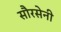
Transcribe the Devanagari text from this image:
सौरसेनी